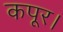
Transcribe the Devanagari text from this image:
कपूर।